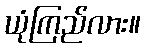
ယုံကြည်လား။